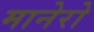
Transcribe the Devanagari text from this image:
मानेरो